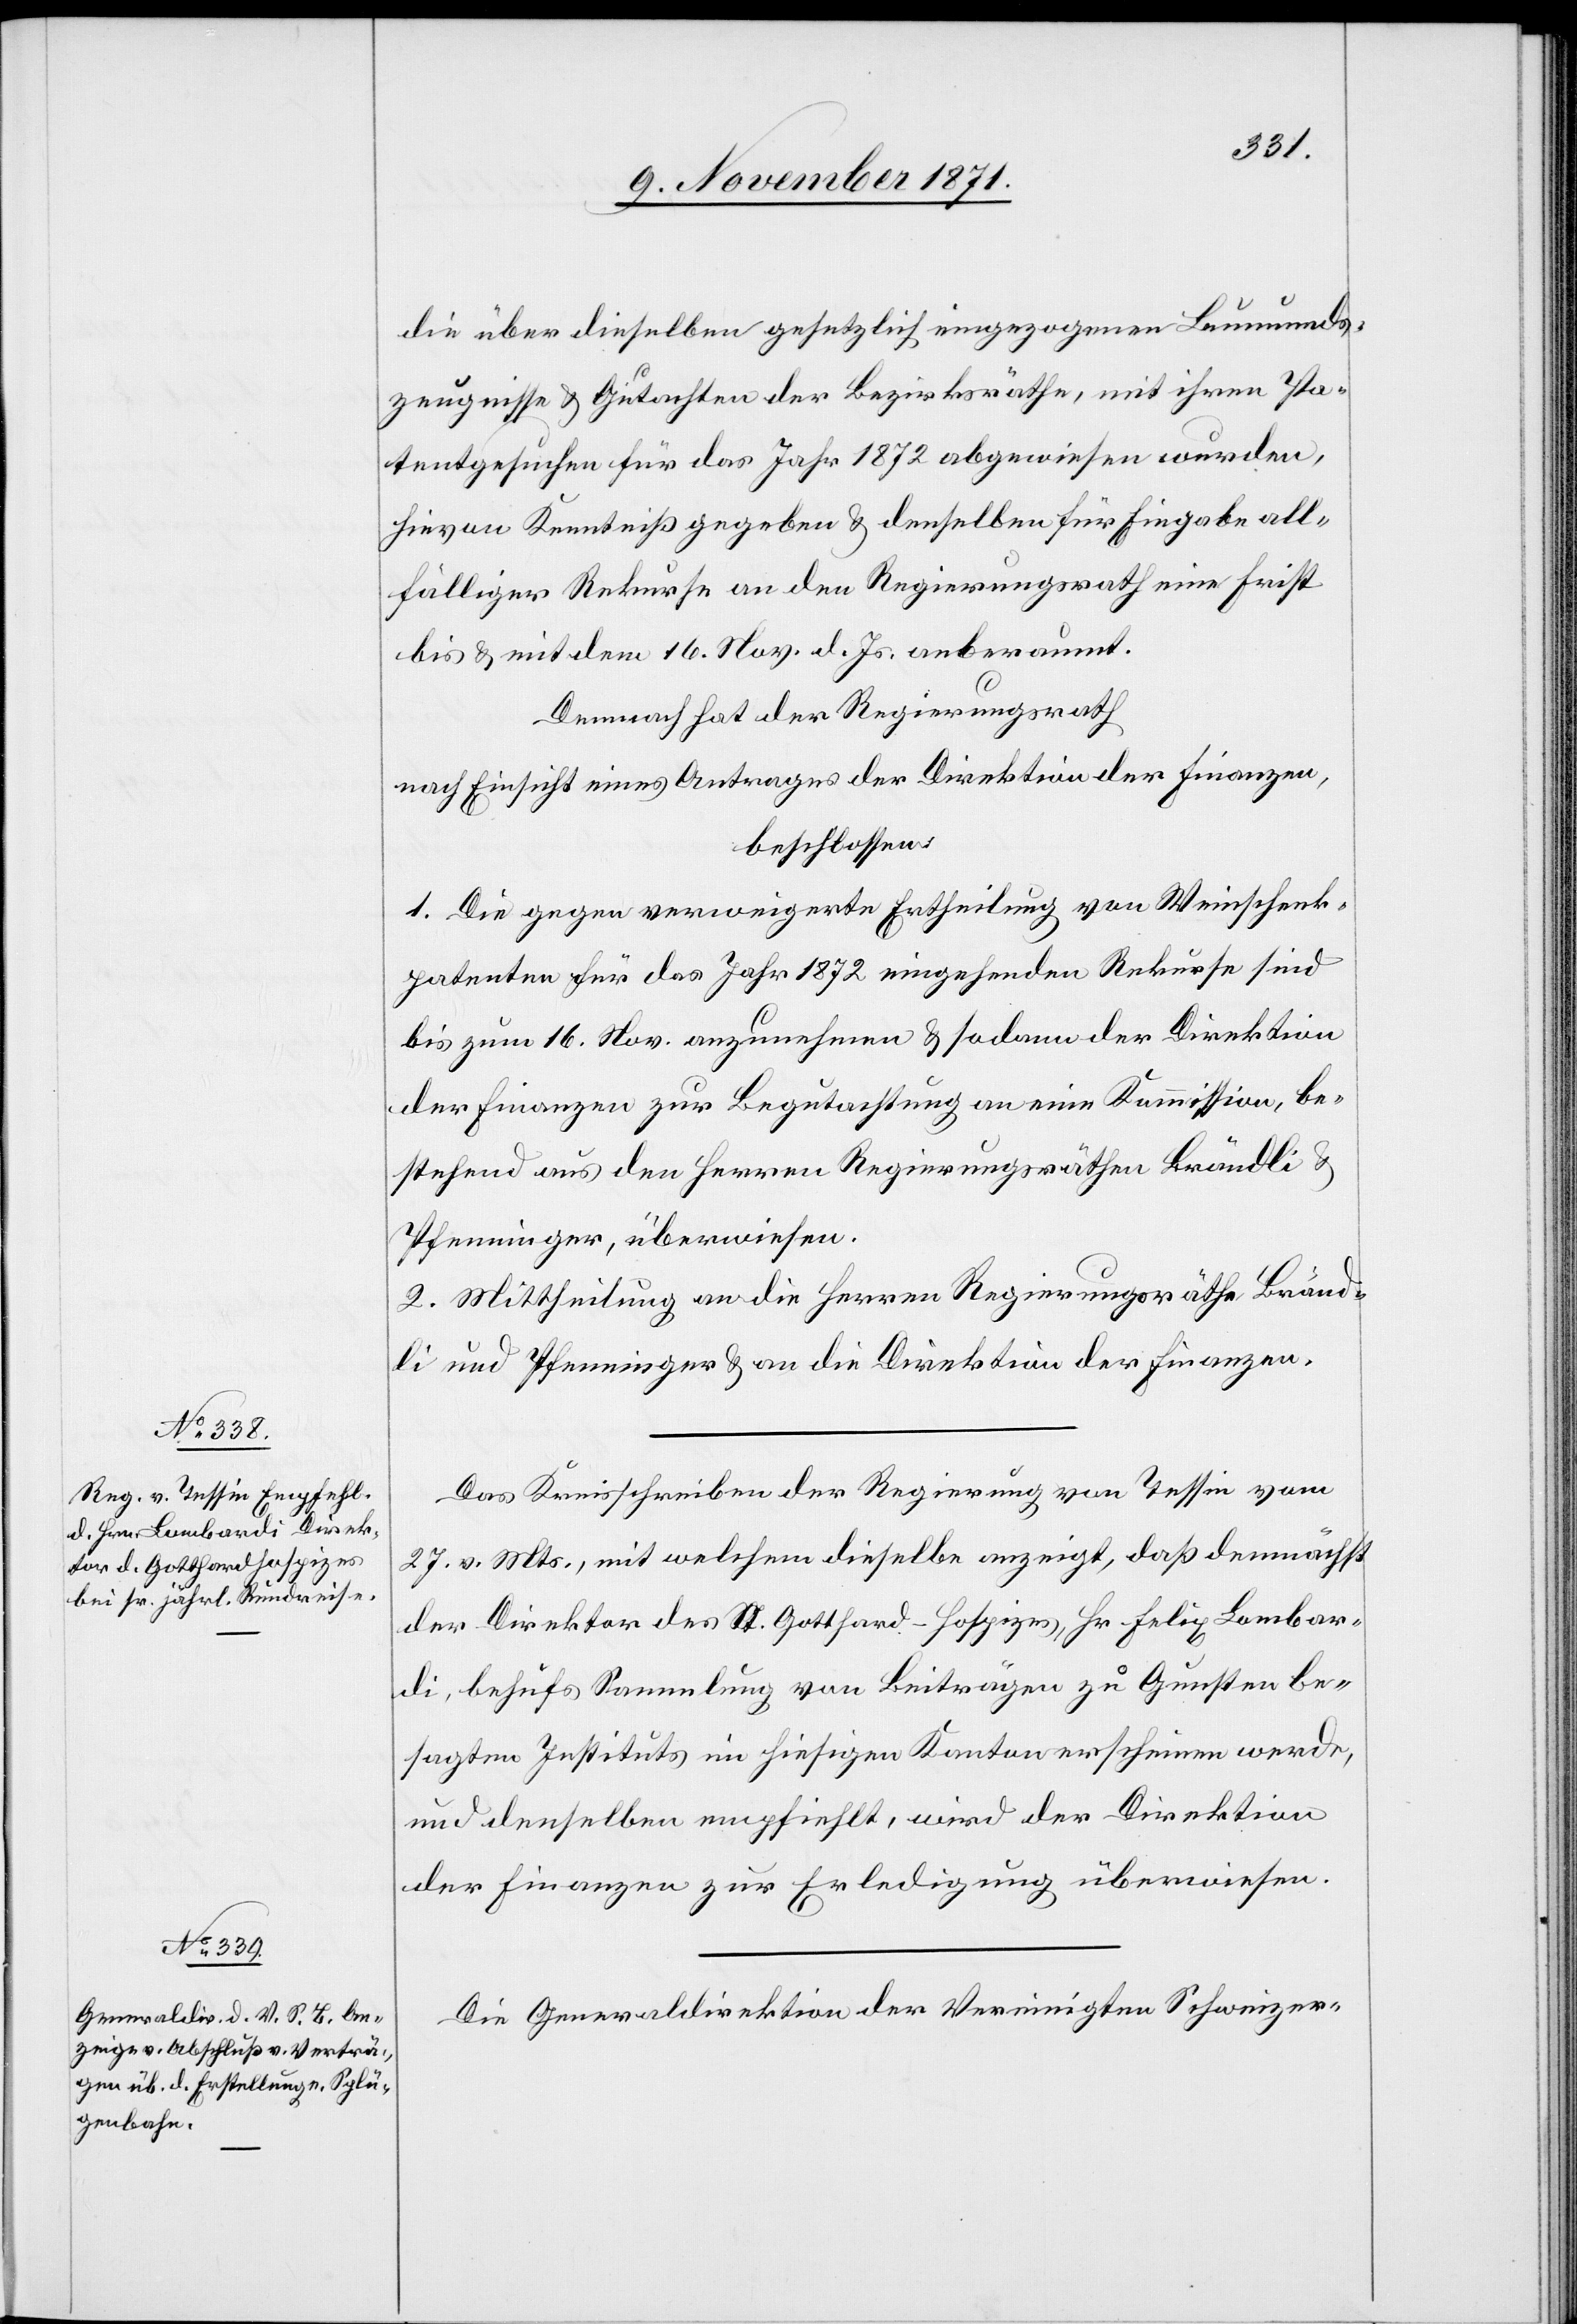
die über dieselben gesetzlich eingezogenen Leumunds¬
zeugnisse & Gutachten der Bezirksräthe, mit ihren Pa¬
tentgesuchen für das Jahr 1872 abgewiesen wurden,
hievon Kenntniß gegeben & denselben für Eingabe all¬
fälliger Rekurse an den Regierungsrath eine Frist
bis & mit dem 16. Nov. d. Js. anberaumt.
Demnach hat der Regierungsrath
nach Einsicht eines Antrages der Direktion der Finanzen,
beschlossen:
1. Die gegen verweigerte Ertheilung von Weinschenk¬
patenten für das Jahr 1872 eingehenden Rekurse sind
bis zum 16. Nov. anzunehmen & sodann der Direktion
der Finanzen zur Begutachtung an eine Kommission, be¬
stehend aus den Herren Regierungsräthen Brändli &
Pfenninger, überwiesen.
2. Mittheilung an die Herren Regierungsräthe Bränd¬
li und Pfenninger & an die Direktion der Finanzen.
Das Kreisschreiben der Regierung von Tessin vom
27. v. Mts, mit welchem dieselbe anzeigt, daß demnächst
der Direktor des St. Gotthard-Hospizes, Hr. Felix Lombar¬
di, behufs Sammlung von Beiträgen zu Gunsten be¬
sagten Instituts in hiesigem Kanton erscheinen werde,
und denselben empfiehlt, wird der Direktion
der Finanzen zur Erledigung überwiesen.
Die Generaldirektion der Vereinigten Schweizer-